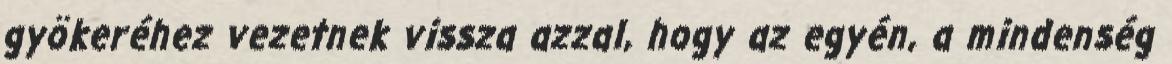
gyökeréhez vezetnek vissza azzal, hogy az egyén, a mindenség